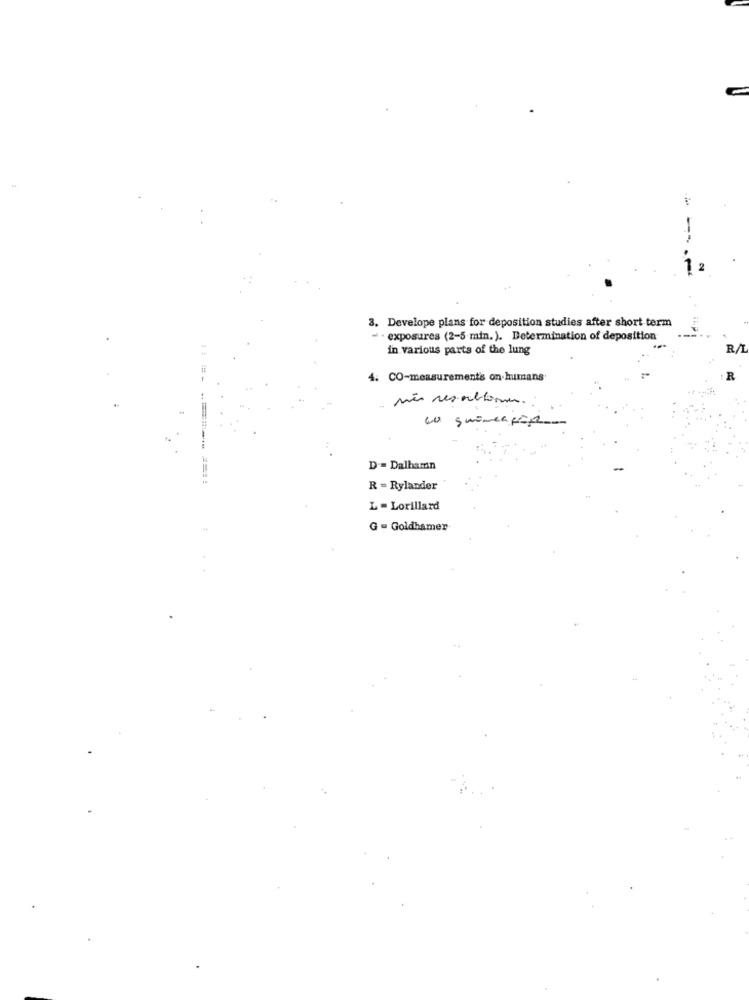
-
3. Develope plans for deposition studies after short term
- - exposures (2-5 min.). Determination of deposition
in various parts of the lung
4. CO-measurements on humans
R
D -= Dalhamn
R = Rylander
L - Lorillard
G - Goldhamer